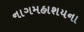
નાગમહાશયના